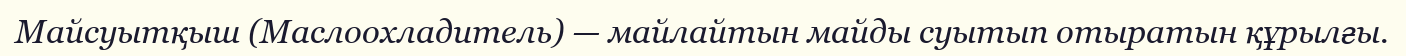
Майсуытқыш (Маслоохладитель) — майлайтын майды суытып отыратын құрылғы.